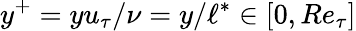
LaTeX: y^{+}=yu_{\tau}/\nu=y/\ell^{*}\in[0,Re_{\tau}]